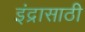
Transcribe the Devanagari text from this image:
इंद्रासाठी